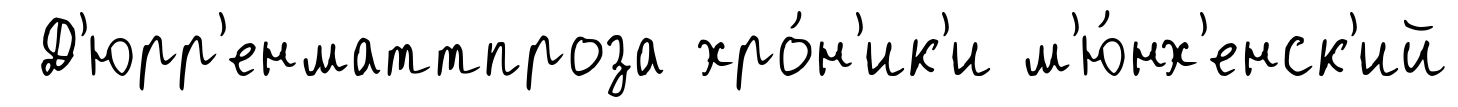
Д'юрр'енматтпроза хро́н'ик'и м'ю́нх'енск'ий